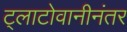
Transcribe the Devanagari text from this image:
ट्लाटोवानीनंतर